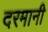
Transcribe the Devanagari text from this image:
दरमानी